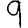
Digit: 9